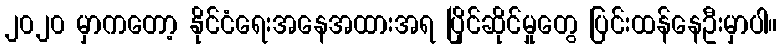
၂၀၂၀ မှာကတော့ နိုင်ငံရေးအနေအထားအရ ပြိုင်ဆိုင်မှုတွေ ပြင်းထန်နေဦးမှာပါ။